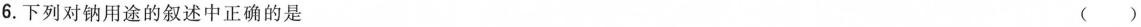
6.下列对钠用途的叙述中正确的是 ( )